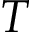
T